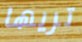
تريها